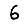
Digit: 6